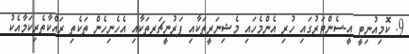
9. ކޮމިއުނިޓީ އީ-ސެންޓަރުގައި ހުރި އެންމެހައި މެޝިނަރީތަކާއި ފަރުނީޗަރތަކާއި އެހެނިހެން ތަކެތި ރައްކާތެރިކަމާއެކު